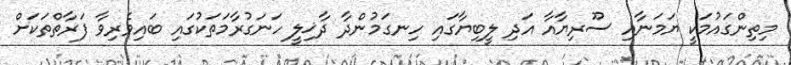
މިތިންގައުމަކީ ޔަމަނާއި ސޫރިޔާއާ އަދި ލީބިޔާގައި ހިނގަމުންދާ ދާޚިލީ ހަނަގުރާމަތަކުގައި ބައިވެރިވާ ފަރާތްތަކަށް